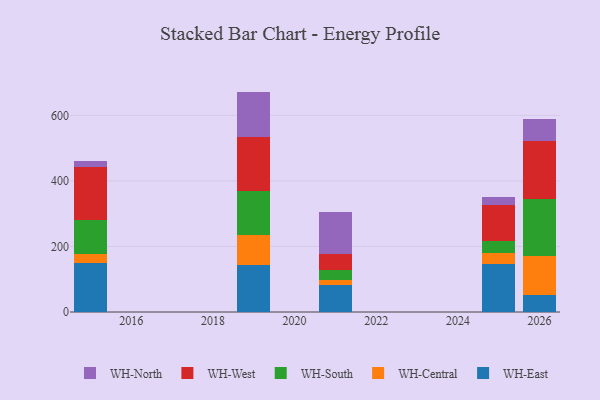
{"axis": {"x": "Year", "y": "Shipments"}, "legend": ["WH-Central", "WH-East", "WH-North", "WH-South", "WH-West"], "data": [{"x": "2021", "y": 82.9, "type": "WH-East"}, {"x": "2021", "y": 14.4, "type": "WH-Central"}, {"x": "2021", "y": 29.7, "type": "WH-South"}, {"x": "2021", "y": 50.5, "type": "WH-West"}, {"x": "2021", "y": 128.7, "type": "WH-North"}, {"x": "2025", "y": 146.7, "type": "WH-East"}, {"x": "2025", "y": 32.3, "type": "WH-Central"}, {"x": "2025", "y": 36.2, "type": "WH-South"}, {"x": "2025", "y": 110.4, "type": "WH-West"}, {"x": "2025", "y": 24.5, "type": "WH-North"}, {"x": "2019", "y": 142.3, "type": "WH-East"}, {"x": "2019", "y": 91.2, "type": "WH-Central"}, {"x": "2019", "y": 134.3, "type": "WH-South"}, {"x": "2019", "y": 166.5, "type": "WH-West"}, {"x": "2019", "y": 138.2, "type": "WH-North"}, {"x": "2026", "y": 51.8, "type": "WH-East"}, {"x": "2026", "y": 118.3, "type": "WH-Central"}, {"x": "2026", "y": 175.2, "type": "WH-South"}, {"x": "2026", "y": 176.1, "type": "WH-West"}, {"x": "2026", "y": 66.8, "type": "WH-North"}, {"x": "2015", "y": 149.9, "type": "WH-East"}, {"x": "2015", "y": 26.7, "type": "WH-Central"}, {"x": "2015", "y": 105.4, "type": "WH-South"}, {"x": "2015", "y": 161.1, "type": "WH-West"}, {"x": "2015", "y": 17.0, "type": "WH-North"}]}